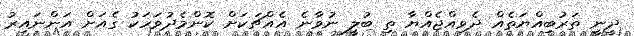
ދީނީ ތަރުބިއްޔަތެއް ދެވިއްޖެއްޔާ ތި ބުލީ ނުވާނެ އެއްޗަކަށް ކޮންމެދުވަހަކު ގެއަށް އަންނައިރު